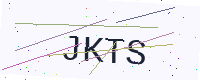
Text: JKTS